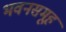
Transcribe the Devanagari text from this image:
भवनसमूह